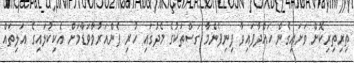
ތިރިތިރިކޮށް ވަށައިގެން ހައްދާފައިވާ ފިނިފެންމާ ގަސްތަކުގެ މެދުގައި ހުރި ފެންއަރުވާވަޑާމަށް އެކިކުލައިގެ އަލިތައް